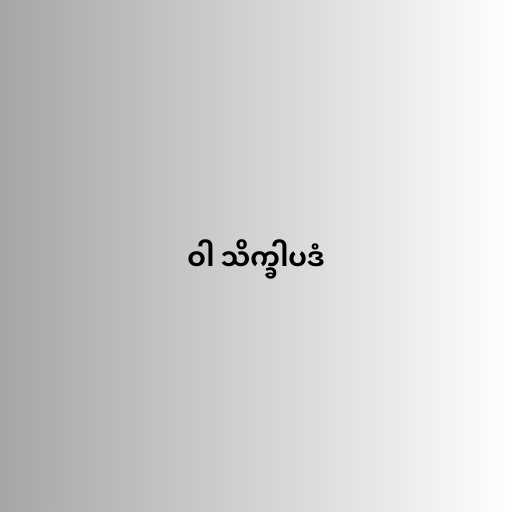
ဝါ သိက္ခါပဒံ